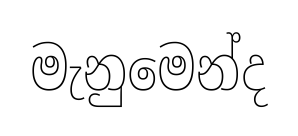
මැනුමෙන්ද